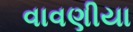
વાવણીયા